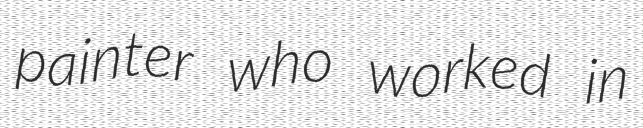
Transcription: painter who worked in